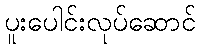
ပူးပေါင်းလုပ်ဆောင်